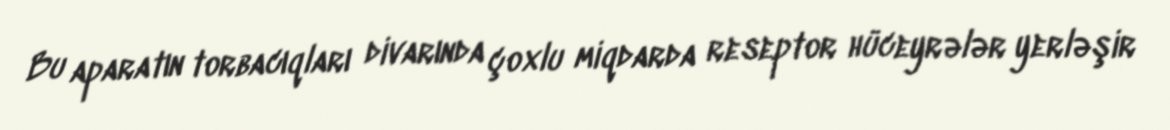
Bu aparatın torbacıqları divarında çoxlu miqdarda reseptor hüceyrələr yerləşir